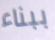
ببناء